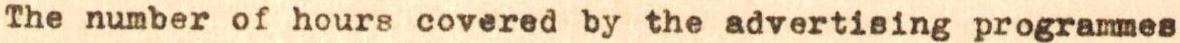
The number of hours covered by the advertising programmes